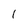
Character: 1